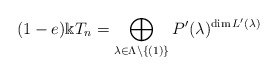
\begin{align*}(1-e)\Bbbk T_n=\bigoplus_{\lambda\in \Lambda\setminus\{(1)\}}P'(\lambda)^{\dim L'(\lambda)}\end{align*}